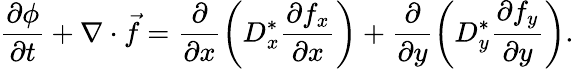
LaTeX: \frac{\partial\phi}{\partial t}+\nabla\cdot\vec{f}=\frac{\partial}{\partial x}\left(D_{x}^{\ast}\frac{\partial f_{x}}{\partial x}\right)+\frac{\partial}{\partial y}\left(D_{y}^{\ast}\frac{\partial f_{y}}{\partial y}\right).